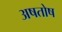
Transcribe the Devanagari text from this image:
अषतोष